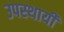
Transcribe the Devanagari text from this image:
उपस्‍थायी